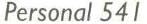
Personal 541